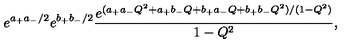
e ^ { a _ { + } a _ { - } / 2 } e ^ { b _ { + } b _ { - } / 2 } \frac { e ^ { ( a _ { + } a _ { - } Q ^ { 2 } + a _ { + } b _ { - } Q + b _ { + } a _ { - } Q + b _ { + } b _ { - } Q ^ { 2 } ) / ( 1 - Q ^ { 2 } ) } } { 1 - Q ^ { 2 } } ,